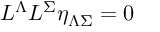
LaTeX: L ^ { \Lambda } L ^ { \Sigma } \eta _ { \Lambda \Sigma } = 0